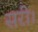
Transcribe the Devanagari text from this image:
सरी।